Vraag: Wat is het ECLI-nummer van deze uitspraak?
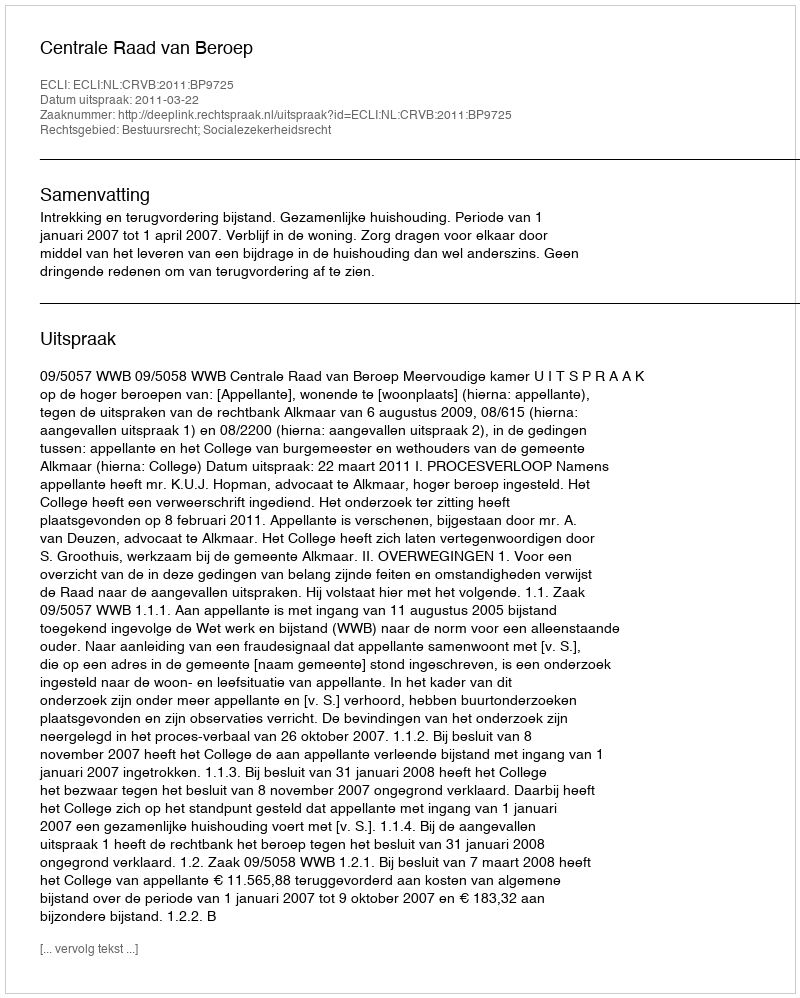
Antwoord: ECLI:NL:CRVB:2011:BP9725